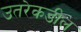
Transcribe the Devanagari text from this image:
उतरेकडील